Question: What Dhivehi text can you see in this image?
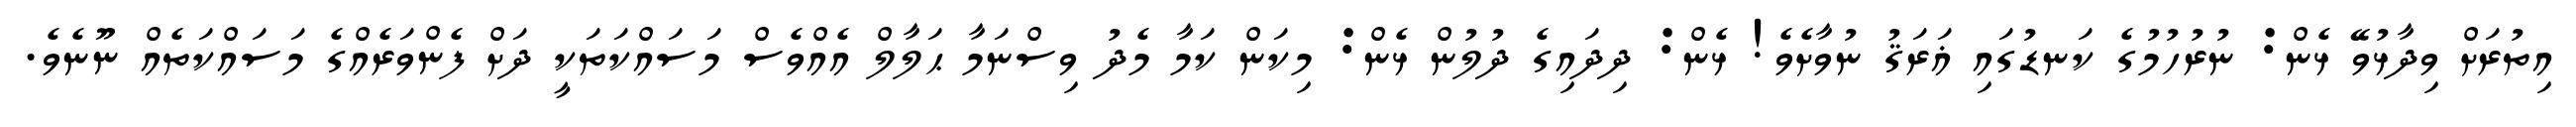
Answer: އިތުރަށް ވިދާޅުވޭ ޅެން: ނުރުހުމުގެ ކަނޑުގައި ޣަރަޤު ނުވާށެވެ! ޅެން: ދިދައިގެ ދުލުން ޅެން: މިކަން ކަމާ މެދު ވިސްނަމާ ޙަލާލް އެއްވެސް މަސައްކަތަކީ ދަށް ފެންވަރެއްގެ މަސައްކަތެއް ނޫނެވެ.